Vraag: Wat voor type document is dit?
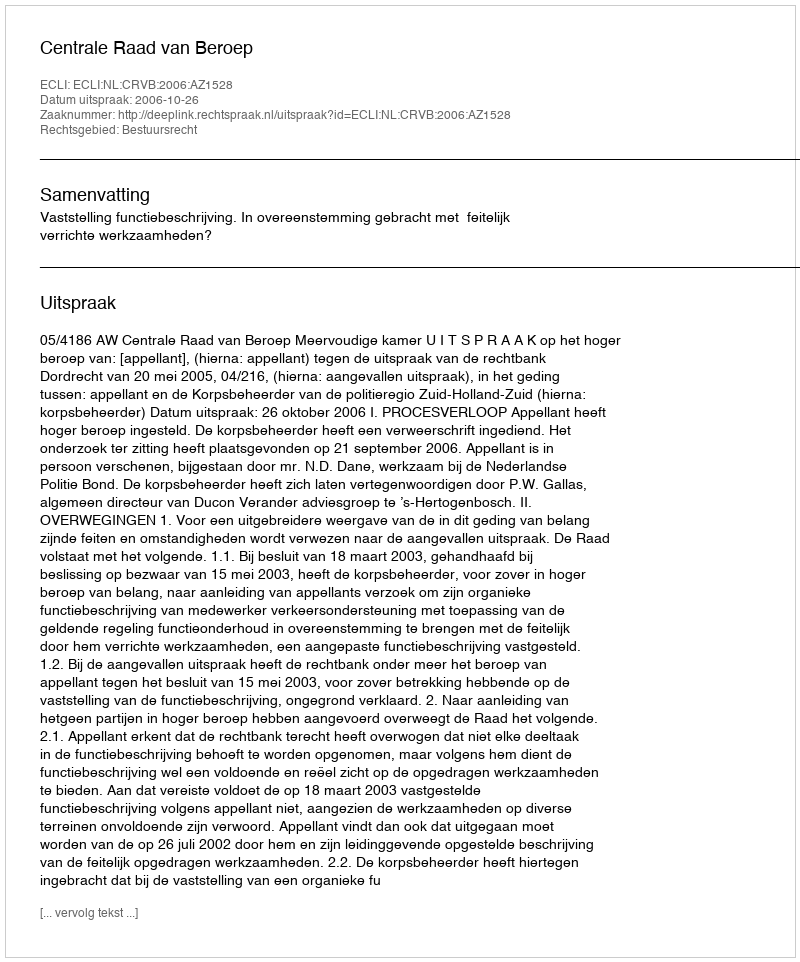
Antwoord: Uitspraak